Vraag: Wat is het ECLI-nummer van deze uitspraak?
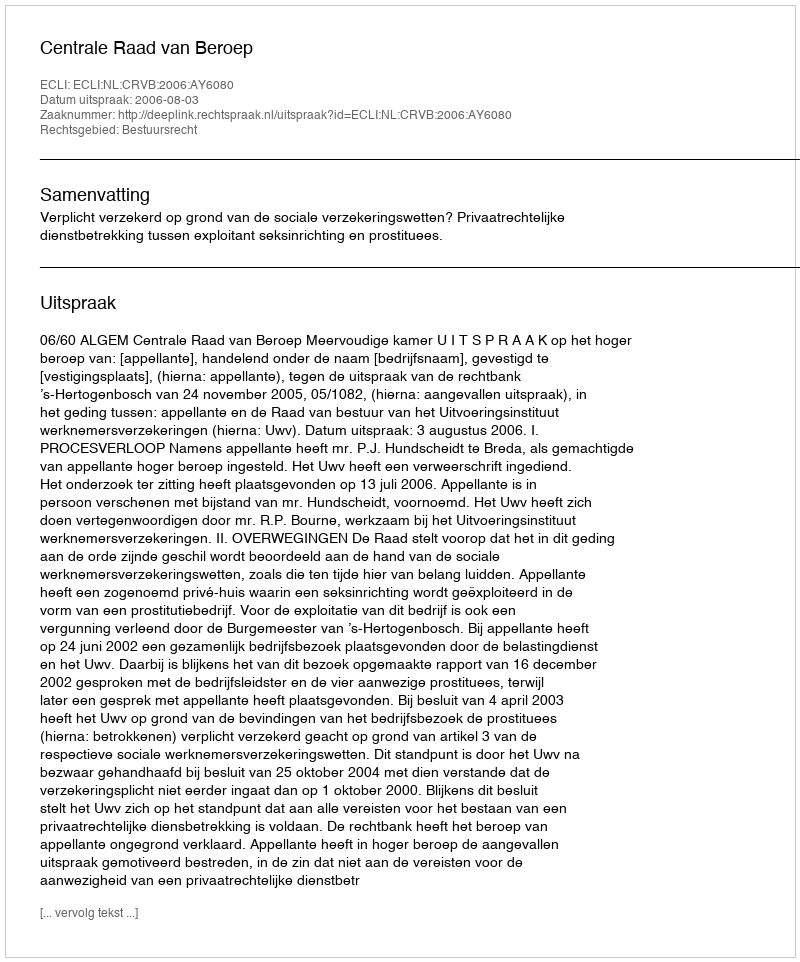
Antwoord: ECLI:NL:CRVB:2006:AY6080